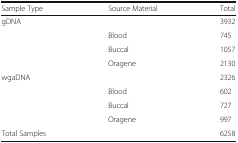
<table><thead><tr><td><b>Sample Type</b></td><td><b>Source Material</b></td><td><b>Total</b></td></tr></thead><tbody><tr><td>gDNA</td><td></td><td>3932</td></tr><tr><td></td><td>Blood</td><td>745</td></tr><tr><td></td><td>Buccal</td><td>1057</td></tr><tr><td></td><td>Oragene</td><td>2130</td></tr><tr><td>wgaDNA</td><td></td><td>2326</td></tr><tr><td></td><td>Blood</td><td>602</td></tr><tr><td></td><td>Buccal</td><td>727</td></tr><tr><td></td><td>Oragene</td><td>997</td></tr><tr><td>Total Samples</td><td></td><td>6258</td></tr></tbody></table>